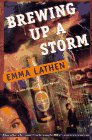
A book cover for Brewing Up a Storm: A John Thatcher Mystery; Emma Lathen; Mystery, Thriller & Suspense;